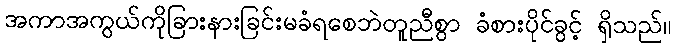
အကာအကွယ်ကိုခြားနားခြင်းမခံရစေဘဲတူညီစွာ ခံစားပိုင်ခွင့် ရှိသည်။